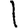
Digit: 1